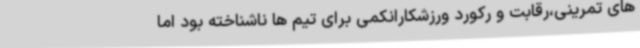
های تمرینی،رقابت و رکورد ورزشکارانکمی برای تیم ها ناشناخته بود اما